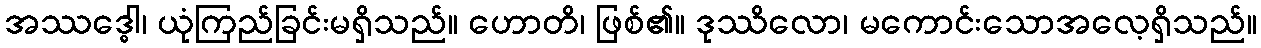
အဿဒ္ဓေါ၊ ယုံကြည်ခြင်းမရှိသည်။ ဟောတိ၊ ဖြစ်၏။ ဒုဿိလော၊ မကောင်းသောအလေ့ရှိသည်။